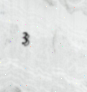
3